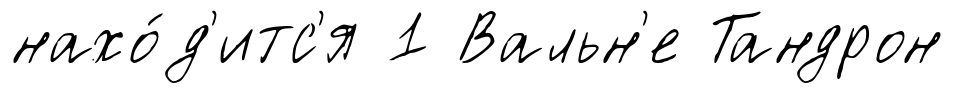
нахо́д'итс'я 1 Вальн'е Тандрон